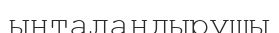
ынталандырушы